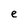
Character: e